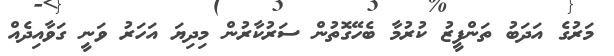
މަރުގެ އަދަބު ތަންފީޒު ކުރުމާ ބެހޭގޮތުން ސަރުކާރުން މިދިޔަ އަހަރު ވަނީ ގަވާއިދެއް